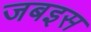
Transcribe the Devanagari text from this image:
जबइस